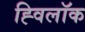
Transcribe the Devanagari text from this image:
ह्विलॉक